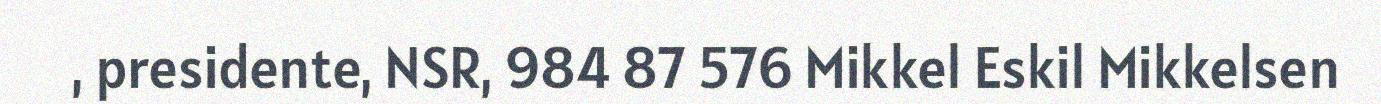
, presidente, NSR, 984 87 576 Mikkel Eskil Mikkelsen